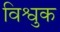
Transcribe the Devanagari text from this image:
विश्वुक